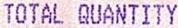
TOTAL QUANTITY